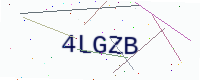
Text: 4LGZB